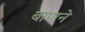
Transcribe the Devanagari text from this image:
बाणने